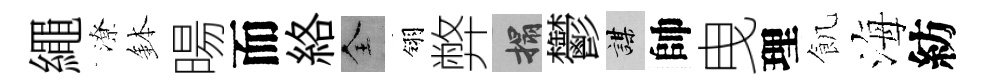
繩潦鉢暘而絡全翎弊搨鬱謀帥曳理飢海紡